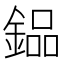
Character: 𨩗